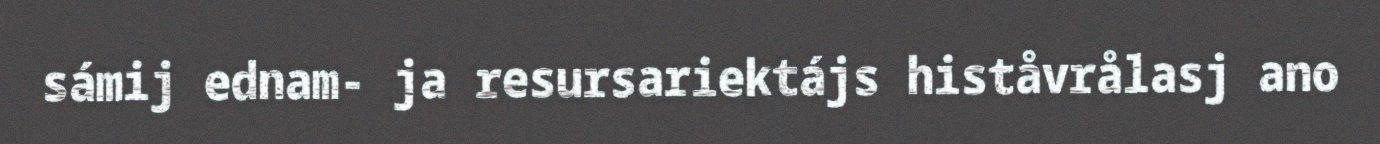
sámij ednam- ja resursariektájs histåvrålasj ano